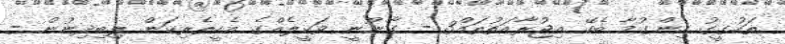
ތަހުގީގު ހިންގުމާ ބެހޭ އިޖުރާއަތުތައް3 - ގާނޫނީ ވަކީލެއްގެ އެހީތެރިކަން ލިބިދިނުން -